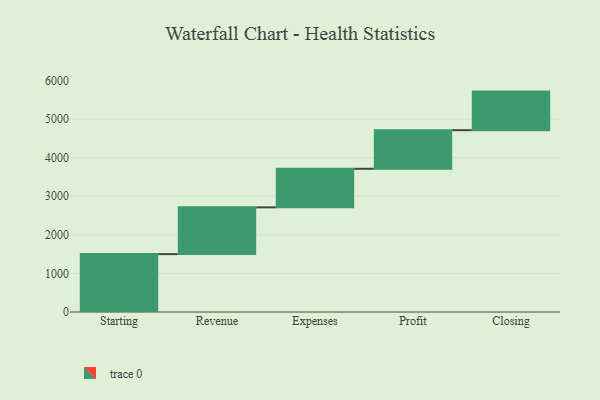
{"axis": {"x": "Step", "y": "Value"}, "legend": [""], "data": [{"x": "Starting", "y": 1500.0, "type": ""}, {"x": "Revenue", "y": 1212.0, "type": ""}, {"x": "Expenses", "y": 1000, "type": ""}, {"x": "Profit", "y": 1000, "type": ""}, {"x": "Closing", "y": 1000, "type": ""}]}